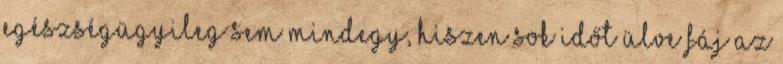
egészségügyileg sem mindegy, hiszen sok időt ülve fáj az